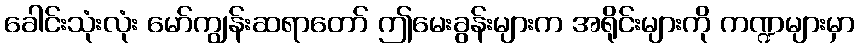
ခေါင်းသုံးလုံး မော်ကျွန်းဆရာတော် ဤမေးခွန်းများက အရိုင်းများကို ကဏ္ဍများမှာ